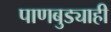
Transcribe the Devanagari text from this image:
पाणबुड्याही